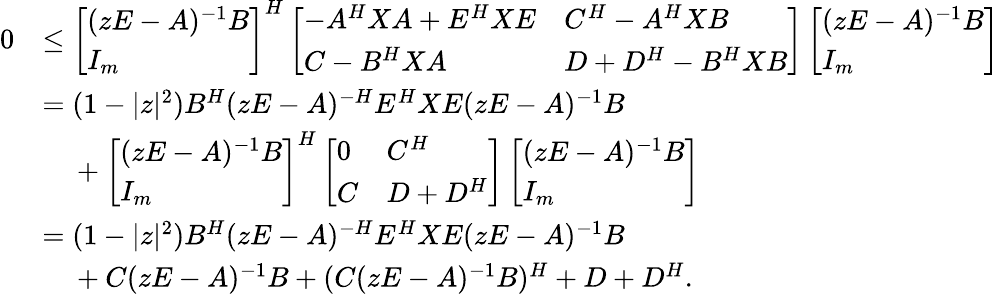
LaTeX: \begin{array}{rl}{0}&{\leq\left[\begin{array}{l}{(zE-A)^{-1}B}\\ {I_{m}}\end{array}\right]^{H}\left[\begin{array}{ll}{-A^{H}XA+E^{H}XE}&{C^{H}-A^{H}XB}\\ {C-B^{H}XA}&{D+D^{H}-B^{H}XB}\end{array}\right]\left[\begin{array}{l}{(zE-A)^{-1}B}\\ {I_{m}}\end{array}\right]}\\ &{=(1-\vert z\vert^{2})B^{H}(zE-A)^{-H}E^{H}XE(zE-A)^{-1}B}\\ &{~~~~+\left[\begin{array}{l}{(zE-A)^{-1}B}\\ {I_{m}}\end{array}\right]^{H}\left[\begin{array}{ll}{0}&{C^{H}}\\ {C}&{D+D^{H}}\end{array}\right]\left[\begin{array}{l}{(zE-A)^{-1}B}\\ {I_{m}}\end{array}\right]}\\ &{=(1-\vert z\vert^{2})B^{H}(zE-A)^{-H}E^{H}XE(zE-A)^{-1}B}\\ &{~~~~+C(zE-A)^{-1}B+(C(zE-A)^{-1}B)^{H}+D+D^{H}.}\end{array}